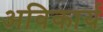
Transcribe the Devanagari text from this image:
अविकार्य